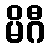
မိဂီ